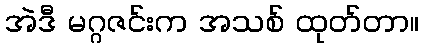
အဲဒီ မဂ္ဂဇင်းက အသစ် ထုတ်တာ။